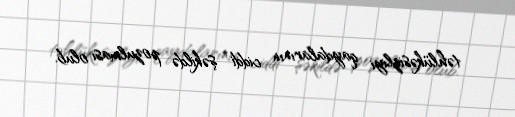
təhlükəsizliyi qaydalarının ciddi şəkildə pozulması olub.